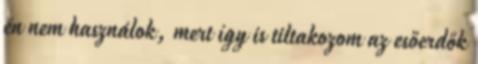
én nem használok, mert így is tiltakozom az esőerdők